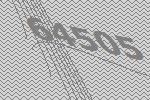
64505